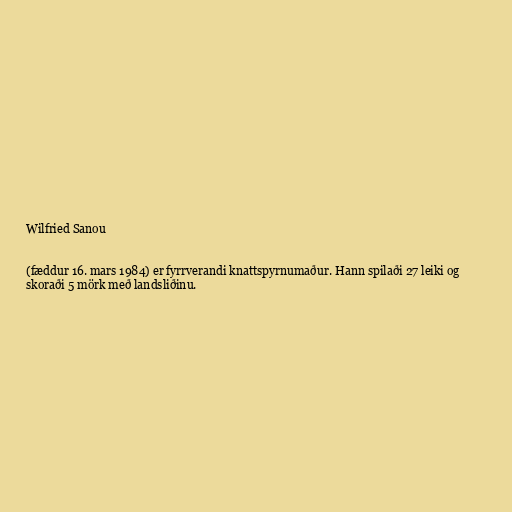
Wilfried Sanou

(fæddur 16. mars 1984) er fyrrverandi knattspyrnumaður. Hann spilaði 27 leiki og
skoraði 5 mörk með landsliðinu.